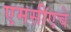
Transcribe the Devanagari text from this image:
एमसीएचे